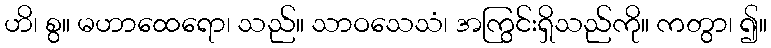
ဟိ၊ စွ။ မဟာထေရော၊ သည်။ သာဝသေသံ၊ အကြွင်းရှိသည်ကို။ ကတွာ၊ ၍။